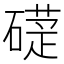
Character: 𥕩